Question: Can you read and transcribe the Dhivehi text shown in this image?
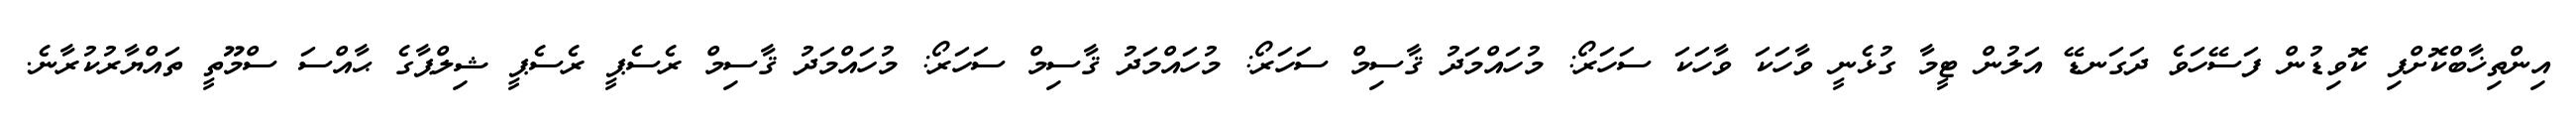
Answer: އިންތިޚާބްކޮށްފި ކޮވިޑުން ފަސޭހަވެ ދަގަނޑޭ އަލުން ޓީމާ ގުޅެނީ ވާހަކަ ވާހަކަ ސަހަރޯ: މުހައްމަދު ޤާސިމް ސަހަރޯ: މުހައްމަދު ޤާސިމް ސަހަރޯ: މުހައްމަދު ޤާސިމް ރެސެޕީ ރެސެޕީ ޝިލްޕާގެ ޙާއްސަ ސްމޫތީ ތައްޔާރުކުރާނެ.